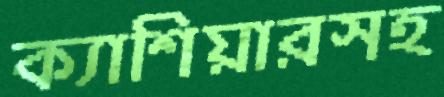
ক্যাশিয়ারসহ